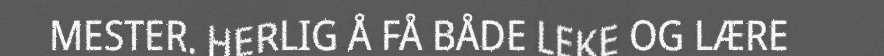
MESTER. HERLIG Å FÅ BÅDE LEKE OG LÆRE